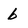
Character: b